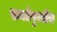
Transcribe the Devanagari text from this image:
समतेपुरतीच